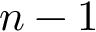
n - 1